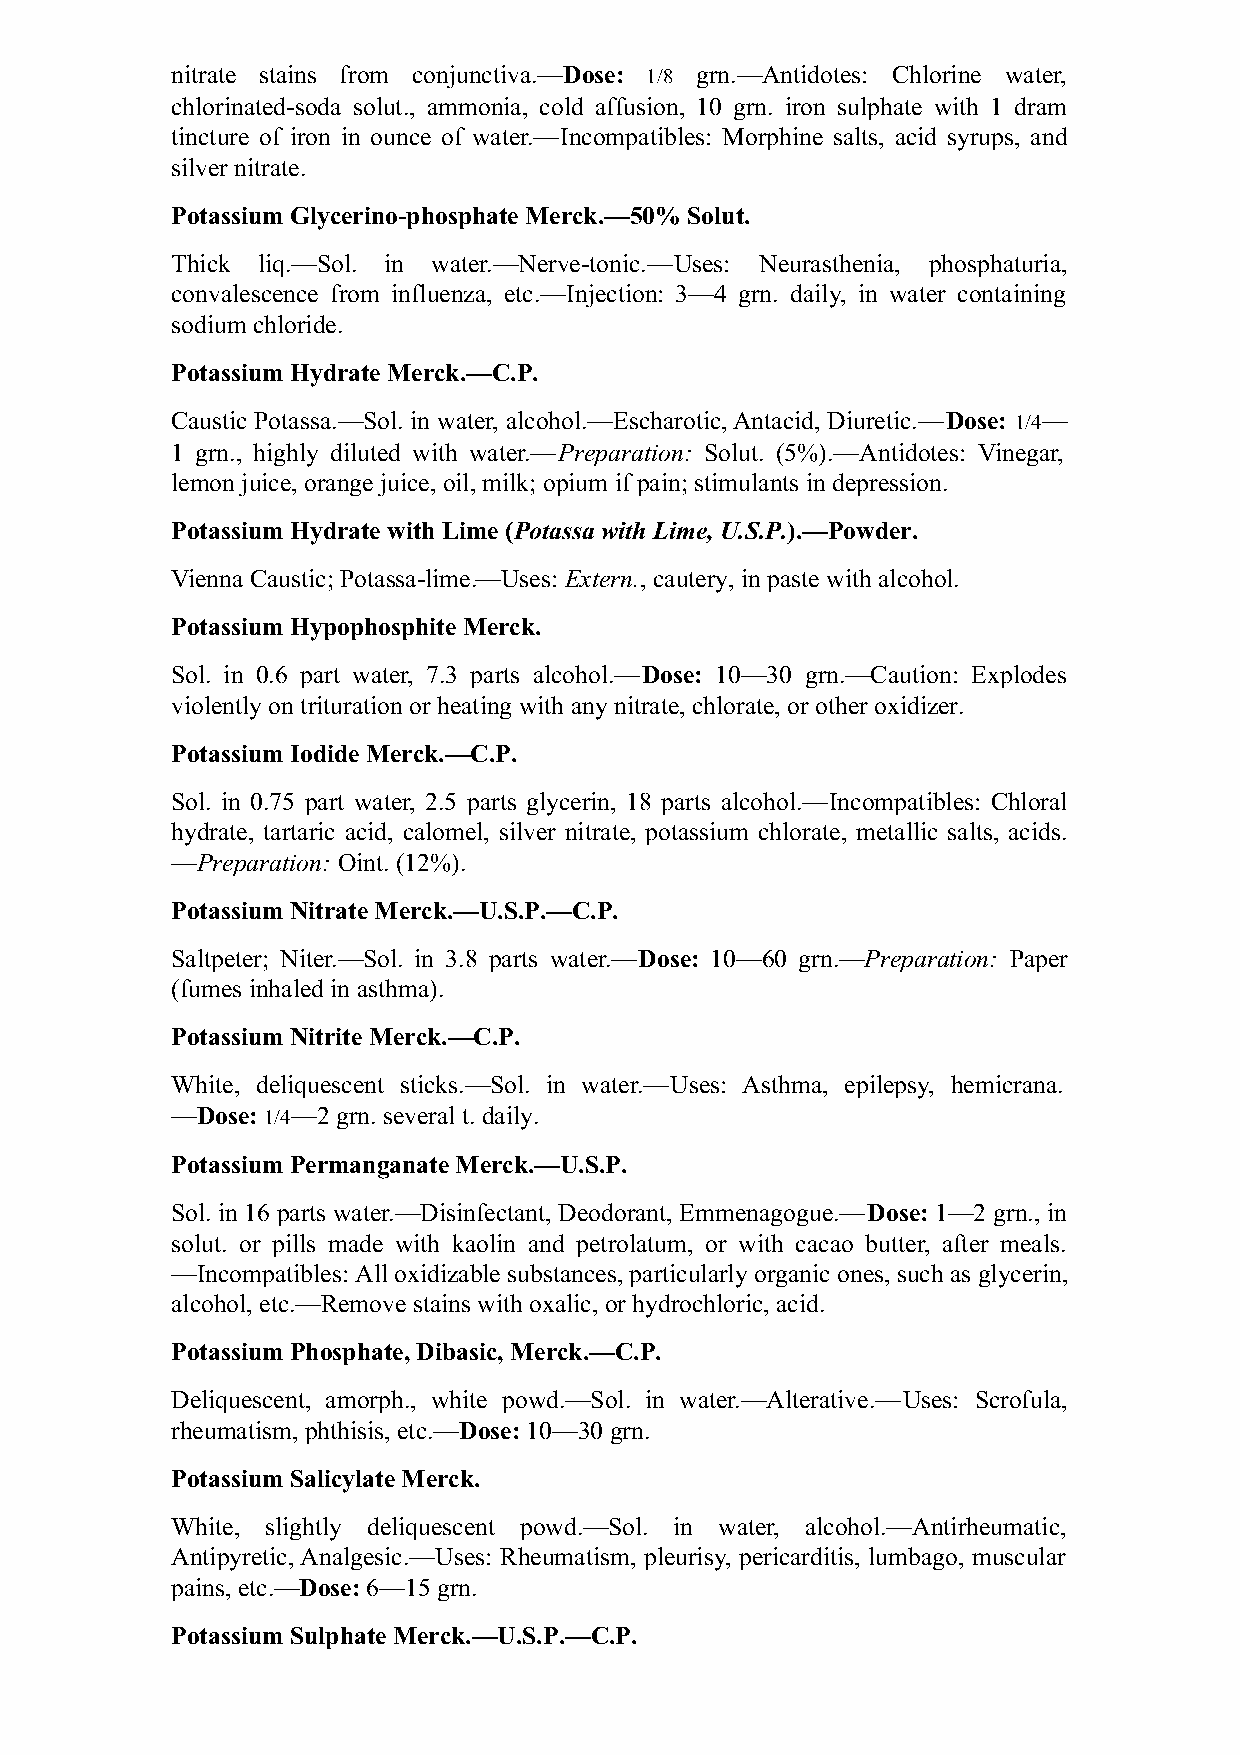
nitrate stains from conjunctiva.—Dose: 1/8 grn.—Antidotes: Chlorine water,
 chlorinated-soda solut., ammonia, cold affusion, 10 grn. iron sulphate with 1 dram
 tincture of iron in ounce of water.—Incompatibles: Morphine salts, acid syrups, and
 silver nitrate.
 Potassium Glycerino-phosphate Merck.—50% Solut.
 Thick liq.—Sol. in water.—Nerve-tonic.—Uses: Neurasthenia, phosphaturia,
 convalescence from influenza, etc.—Injection: 3—4 grn. daily, in water containing
 sodium chloride.
 Potassium Hydrate Merck.—C.P.
 Caustic Potassa.—Sol. in water, alcohol.—Escharotic, Antacid, Diuretic.—Dose: 1/4—
 1 grn., highly diluted with water.—Preparation: Solut. (5%).—Antidotes: Vinegar,
 lemon juice, orange juice, oil, milk; opium if pain; stimulants in depression.
 Potassium Hydrate with Lime (Potassa with Lime, U.S.P.).—Powder.
 Vienna Caustic; Potassa-lime.—Uses: Extern., cautery, in paste with alcohol.
 Potassium Hypophosphite Merck.
 Sol. in 0.6 part water, 7.3 parts alcohol.—Dose: 10—30 grn.—Caution: Explodes
 violently on trituration or heating with any nitrate, chlorate, or other oxidizer.
 Potassium Iodide Merck.—C.P.
 Sol. in 0.75 part water, 2.5 parts glycerin, 18 parts alcohol.—Incompatibles: Chloral
 hydrate, tartaric acid, calomel, silver nitrate, potassium chlorate, metallic salts, acids.
 —Preparation: Oint. (12%).
 Potassium Nitrate Merck.—U.S.P.—C.P.
 Saltpeter; Niter.—Sol. in 3.8 parts water.—Dose: 10—60 grn.—Preparation: Paper
 (fumes inhaled in asthma).
 Potassium Nitrite Merck.—C.P.
 White, deliquescent sticks.—Sol. in water.—Uses: Asthma, epilepsy, hemicrana.
 —Dose: 1/4—2 grn. several t. daily.
 Potassium Permanganate Merck.—U.S.P.
 Sol. in 16 parts water.—Disinfectant, Deodorant, Emmenagogue.—Dose: 1—2 grn., in
 solut. or pills made with kaolin and petrolatum, or with cacao butter, after meals.
 —Incompatibles: All oxidizable substances, particularly organic ones, such as glycerin,
 alcohol, etc.—Remove stains with oxalic, or hydrochloric, acid.
 Potassium Phosphate, Dibasic, Merck.—C.P.
 Deliquescent, amorph., white powd.—Sol. in water.—Alterative.—Uses: Scrofula,
 rheumatism, phthisis, etc.—Dose: 10—30 grn.
 Potassium Salicylate Merck.
 White, slightly deliquescent powd.—Sol. in water, alcohol.—Antirheumatic,
 Antipyretic, Analgesic.—Uses: Rheumatism, pleurisy, pericarditis, lumbago, muscular
 pains, etc.—Dose: 6—15 grn.
 Potassium Sulphate Merck.—U.S.P.—C.P.